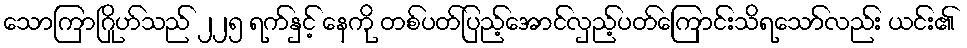
သောကြာဂြိုဟ်သည် ၂၂၅ ရက်နှင့် နေကို တစ်ပတ်ပြည့်အောင်လှည့်ပတ်ကြောင်းသိရသော်လည်း ယင်း၏